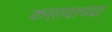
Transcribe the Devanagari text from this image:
कसायाच्या